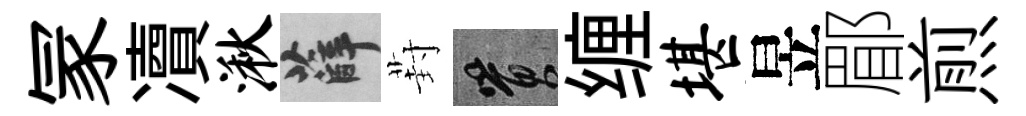
冡凟湫薛葑篔缠堪昱郿煎